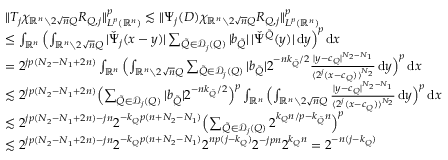
\begin{array} { r l } & { \| T _ { j } \chi _ { \mathbb { R } ^ { n } \setminus 2 \sqrt n Q } R _ { Q , j } \| _ { L ^ { p } ( \mathbb { R } ^ { n } ) } ^ { p } \lesssim \| \Psi _ { j } ( D ) \chi _ { \mathbb { R } ^ { n } \setminus 2 \sqrt n Q } R _ { Q , j } \| _ { L ^ { p } ( \mathbb { R } ^ { n } ) } ^ { p } } \\ & { \leq \int _ { \mathbb { R } ^ { n } } \Big ( { \int _ { \mathbb { R } ^ { n } \setminus 2 \sqrt n Q } | \check { \Psi } _ { j } ( x - y ) | \sum _ { \tilde { Q } \in \mathcal D _ { j } ( Q ) } | b _ { \tilde { Q } } | \, | \check { \Psi } ^ { \tilde { Q } } ( y ) | \, \mathrm { d } y } \Big ) ^ { p } \, \mathrm { d } x } \\ & { = 2 ^ { j p ( N _ { 2 } - N _ { 1 } + 2 n ) } \int _ { \mathbb { R } ^ { n } } \Big ( { \int _ { \mathbb { R } ^ { n } \setminus 2 \sqrt n Q } \sum _ { \tilde { Q } \in \mathcal D _ { j } ( Q ) } | b _ { \tilde { Q } } | 2 ^ { - n k _ { \tilde { Q } } / 2 } \frac { | y - c _ { Q } | ^ { N _ { 2 } - N _ { 1 } } } { \langle 2 ^ { j } ( x - c _ { Q } ) \rangle ^ { N _ { 2 } } } \, \mathrm { d } y } \Big ) ^ { p } \, \mathrm { d } x } \\ & { \lesssim 2 ^ { j p ( N _ { 2 } - N _ { 1 } + 2 n ) } \Big ( { \sum _ { \tilde { Q } \in \mathcal D _ { j } ( Q ) } | b _ { \tilde { Q } } | 2 ^ { - n k _ { \tilde { Q } } / 2 } } \Big ) ^ { p } \int _ { \mathbb { R } ^ { n } } \Big ( { \int _ { \mathbb { R } ^ { n } \setminus 2 \sqrt n Q } \frac { | y - c _ { Q } | ^ { N _ { 2 } - N _ { 1 } } } { \langle 2 ^ { j } ( x - c _ { Q } ) \rangle ^ { N _ { 2 } } } \, \mathrm { d } y } \Big ) ^ { p } \, \mathrm { d } x } \\ & { \lesssim 2 ^ { j p ( N _ { 2 } - N _ { 1 } + 2 n ) - j n } 2 ^ { - k _ { Q } p ( n + N _ { 2 } - N _ { 1 } ) } \Big ( { \sum _ { \tilde { Q } \in \mathcal D _ { j } ( Q ) } 2 ^ { k _ { Q } n / p - k _ { \tilde { Q } } n } } \Big ) ^ { p } } \\ & { \lesssim 2 ^ { j p ( N _ { 2 } - N _ { 1 } + 2 n ) - j n } 2 ^ { - k _ { Q } p ( n + N _ { 2 } - N _ { 1 } ) } 2 ^ { n p ( j - k _ { Q } ) } 2 ^ { - j p n } 2 ^ { k _ { Q } n } = 2 ^ { - n ( j - k _ { Q } ) } } \end{array}